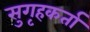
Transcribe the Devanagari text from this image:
सुगृहकर्ता